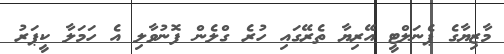
މާޒިޔާގެ ޕެނަލްޓީ އޭރިޔާ ތެރޭގައި ހުރެ ގްލެން ފޮނުވާލި އެ ހަމަލާ ކީޕަރު